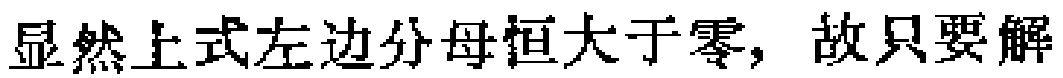
显然上式左边分母恒大于零，故只要解